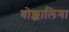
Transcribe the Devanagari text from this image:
वोक्कालिगा